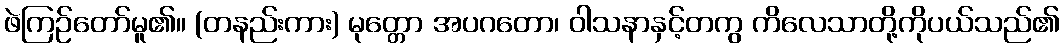
ဖဲကြဉ်တော်မူ၏။ (တနည်းကား) မုတ္တော အပဂတော၊ ဝါသနာနှင့်တကွ ကိလေသာတို့ကိုပယ်သည်၏